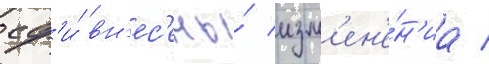
сф'и́ вн'ес'ены́ изм'ен'е́н'иа /